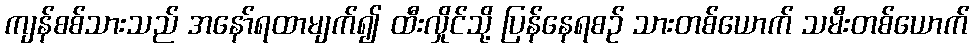
ကျန်စစ်သားသည် အနော်ရထာမျက်၍ ထီးလှိုင်သို့ ပြန်နေရစဉ် သားတစ်ယောက် သမီးတစ်ယောက်